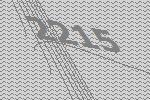
2215